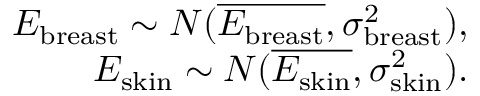
\begin{array} { r } { E _ { \mathrm { b r e a s t } } \sim N ( \overline { { E _ { \mathrm { b r e a s t } } } } , \sigma _ { \mathrm { b r e a s t } } ^ { 2 } ) , } \\ { E _ { \mathrm { s k i n } } \sim N ( \overline { { E _ { \mathrm { s k i n } } } } , \sigma _ { \mathrm { s k i n } } ^ { 2 } ) . } \end{array}